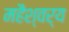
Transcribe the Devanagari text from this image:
महैश्वर्य